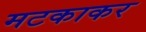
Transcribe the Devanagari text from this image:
मटकाकर